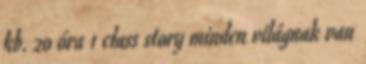
kb. 20 óra 1 class story minden világnak van